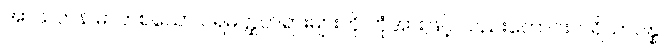
အာယတန ဓာတ်စသော ပရမတ္ထတရားများကို ဘုံအားဖြင့် လည်းကောင်း၊ ပရိယာပန္န